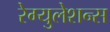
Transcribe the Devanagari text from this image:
रेग्युलेशन्स